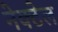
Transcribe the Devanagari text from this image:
नेक्टेल